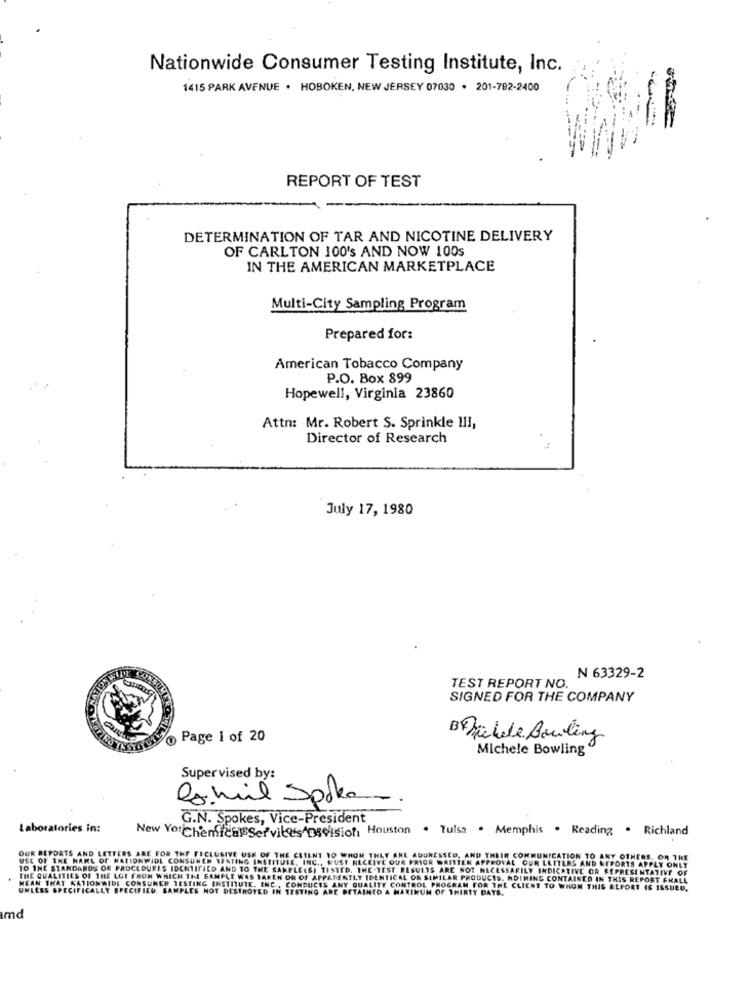
Nationwide Consumer Testing Institute, Inc.
1415 PARK AVENUE . HOBOKEN, NEW JERSEY 07030 . 201-792-2400
REPORT OF TEST
DETERMINATION OF TAR AND NICOTINE DELIVERY
OF CARLTON 100's AND NOW 100s
IN THE AMERICAN MARKETPLACE
Multi-City Sampling Program
Prepared for:
American Tobacco Company
P.O. Box 899
Hopewell, Virginia 23860
Attn: Mr. Robert S. Sprinkle 11I,
Director of Research
July 17, 1980
TEST REPORT NO.
N 63329-2
SIGNED FOR THE COMPANY
@ Page 1 of 20
BF Michele Bowling
Michele Bowling
Supervised by:
la.mil Spoken
G.N. Spokes, Vice-President
Laboratories in:
New YorChenfica Ser vilessApscision, Houston . Tulsa . Memphis . Reading . Richland
OUR REPORTS AND LETTERS ARE FOR THE FECLUSIVE USK O
USE OF THE NAME OF NATIONWIDE CONSUMER WASTING IN
HE ADURESSED, AND THEIR COMMUNICATION TO ANY OTHERS, OR THE
UR PRIOR WRITTEN APPROVAL OUR LETTERS AND REPORTS APPLY ONLY
TO THE STANDARDS OR PROCEDURES IDENTIFIED AND TO TH
RESULTS ARE NOT NECESSARILY INDICATIVE OR REPRESENTATIVE OF
THE QUALITIES OF THE LOT FROM WHICH THE SAMPLE WAS DA
MEAN THAT KATIONWIDE CONSUMER TESTING INSTITUTE, E
AL OR SIMILAR PRODUCTS. NOTHING CONTAINED IN THIS REPORT FHALL
UNLESS SPECIFICALLY SPECIFIED. SAMPLES NOT DESTROTEI
ONTROL PROGRAM FOR THE CLIENT TO WHOM THIS ALPORT IS ISSUED.
MAXIKUN OF THIRTY DAYS.
md